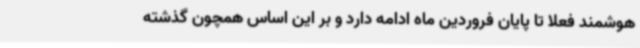
هوشمند فعلا تا پایان فروردین ماه ادامه دارد و بر این اساس همچون گذشته